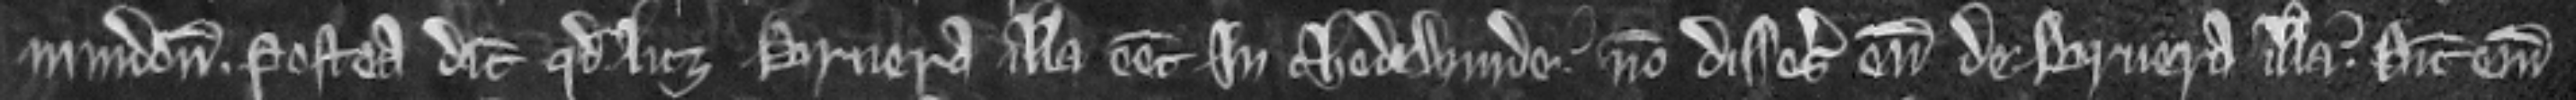
mindon. Postea dicit quod licet bruera illa esset in Chedewinde non disseisiverunt eum de bruera illa. Dicit enim